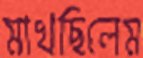
মাখছিলেম